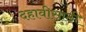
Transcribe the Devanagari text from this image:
दहावीसाठी